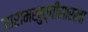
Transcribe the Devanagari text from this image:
आरामखुर्चीसारखा